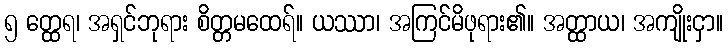
၅ တ္ထေရ၊ အရှင်ဘုရား စိတ္တမထေရ်။ ယဿာ၊ အကြင်မိဖုရား၏။ အတ္ထာယ၊ အကျိုးငှာ။